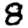
Digit: 8